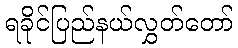
ရခိုင်ပြည်နယ်လွှတ်တော်